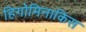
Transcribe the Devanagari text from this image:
हिगोमिनाकिस